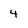
Character: 4